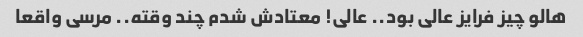
هالو چیز فرایز عالی بود.. عالی! معتادش شدم چند وقته.. مرسی واقعا